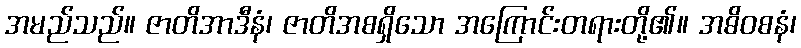
အမည်သည်။ ဇာတိအာဒီနံ၊ ဇာတိအစရှိသော အကြောင်းတရားတို့၏။ အဓိဝစနံ၊